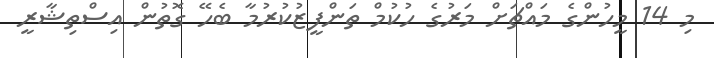
މި 14 މީހުންގެ މައްޗަށް މަރުގެ ހުކުމް ތަންފީޒުކުރުމާ ބެހޭ ގޮތުން އިސްތިޝާރީ